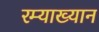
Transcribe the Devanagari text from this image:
रम्याख्यान